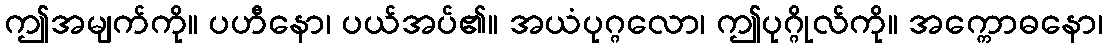
ဤအမျက်ကို။ ပဟီနော၊ ပယ်အပ်၏။ အယံပုဂ္ဂလော၊ ဤပုဂ္ဂိုလ်ကို။ အက္ကောဓနော၊